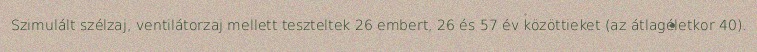
Szimulált szélzaj, ventilátorzaj mellett teszteltek 26 embert, 26 és 57 év közöttieket (az átlagéletkor 40).